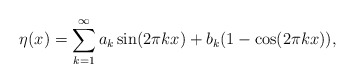
\begin{align*}\eta(x) = \sum_{k=1}^\infty a_k \sin(2\pi k x) + b_k (1-\cos(2\pi k x)),\end{align*}